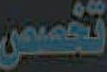
تخصص